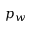
p _ { w }